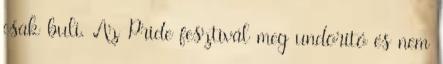
csak buli. Az Pride fesztivál meg undorító és nem